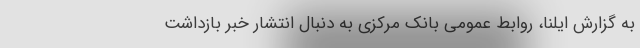
به گزارش ایلنا، روابط عمومی بانک مرکزی به دنبال انتشار خبر بازداشت